65_HS1-834228961_62-HQ-83894_Serial_130
Agency: FBI
Page 113
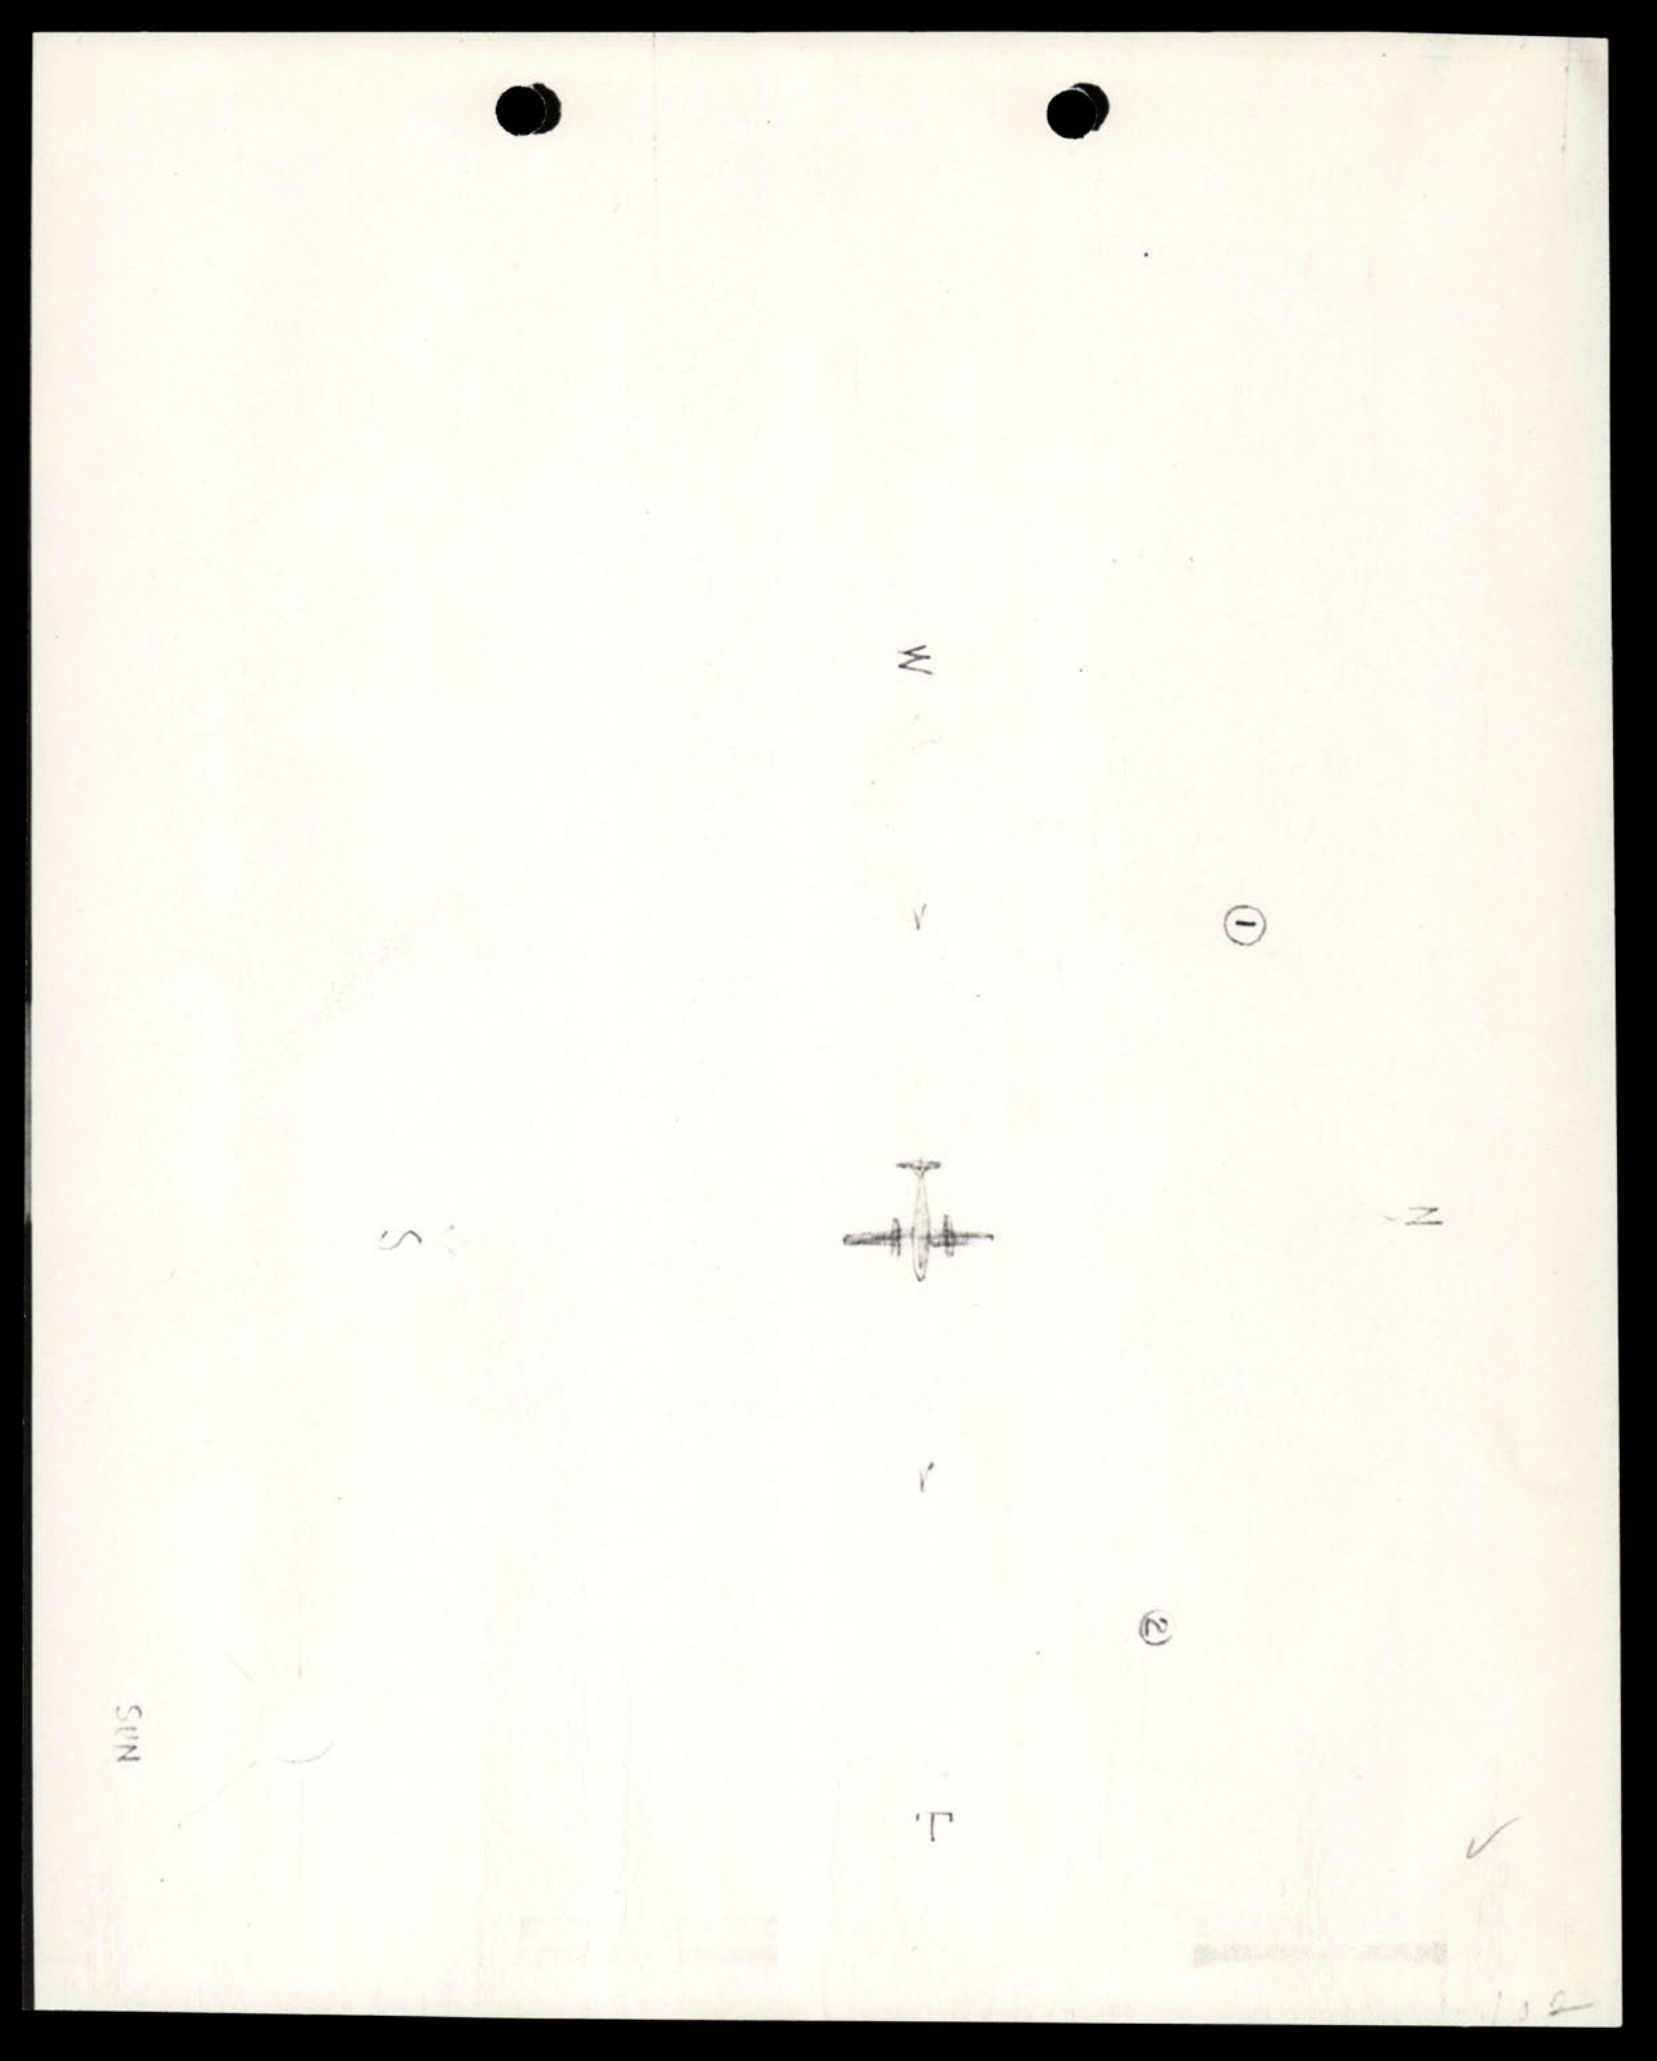